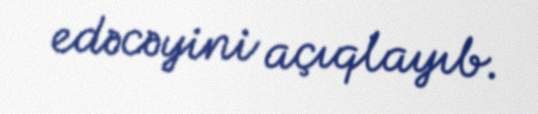
edəcəyini açıqlayıb.